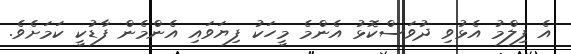
އެ ފިލްމު އެޅުވި ދުވަސްކޮޅު އެންމެ މީހަކު ފިޔަވައި އެންމެން ފާޑުކީ ކަމަށެވެ.